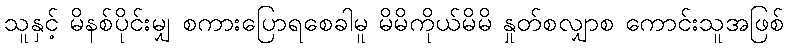
သူနှင့် မိနစ်ပိုင်းမျှ စကားပြောရစေခါမူ မိမိကိုယ်မိမိ နှုတ်စလျှာစ ကောင်းသူအဖြစ်